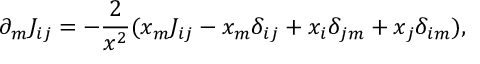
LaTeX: \partial _ { m } J _ { i j } = - \frac { 2 } { x ^ { 2 } } ( x _ { m } J _ { i j } - x _ { m } \delta _ { i j } + x _ { i } \delta _ { j m } + x _ { j } \delta _ { i m } ) ,